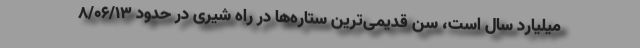
میلیارد سال است، سن قدیمی‌ترین ستاره‌ها در راه شیری در حدود ۸/۰۶/۱۳